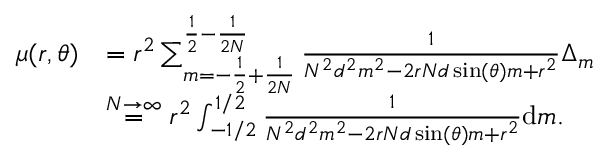
\begin{array} { r l } { \mu ( r , \theta ) } & { = r ^ { 2 } \sum _ { m = - \frac { 1 } { 2 } + \frac { 1 } { 2 N } } ^ { \frac { 1 } { 2 } - \frac { 1 } { 2 N } } \frac { 1 } { N ^ { 2 } d ^ { 2 } m ^ { 2 } - 2 r N d \sin ( \theta ) m + r ^ { 2 } } \Delta _ { m } } \\ & { \overset { N \rightarrow \infty } { = } r ^ { 2 } \int _ { - 1 / 2 } ^ { 1 / 2 } \frac { 1 } { N ^ { 2 } d ^ { 2 } m ^ { 2 } - 2 r N d \sin ( \theta ) m + r ^ { 2 } } \mathrm { d } m . } \end{array}